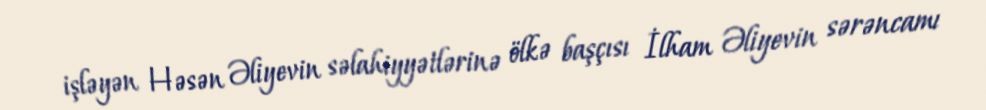
işləyən Həsən Əliyevin səlahiyyətlərinə ölkə başçısı İlham Əliyevin sərəncamı